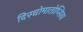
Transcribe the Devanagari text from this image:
दिस्च्रोमातोप्सिया